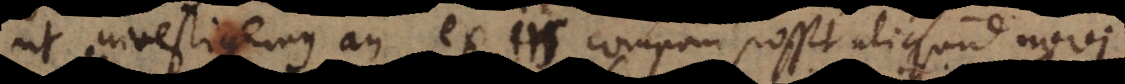
ut investigemus an ex iis componi possit aliquid novi